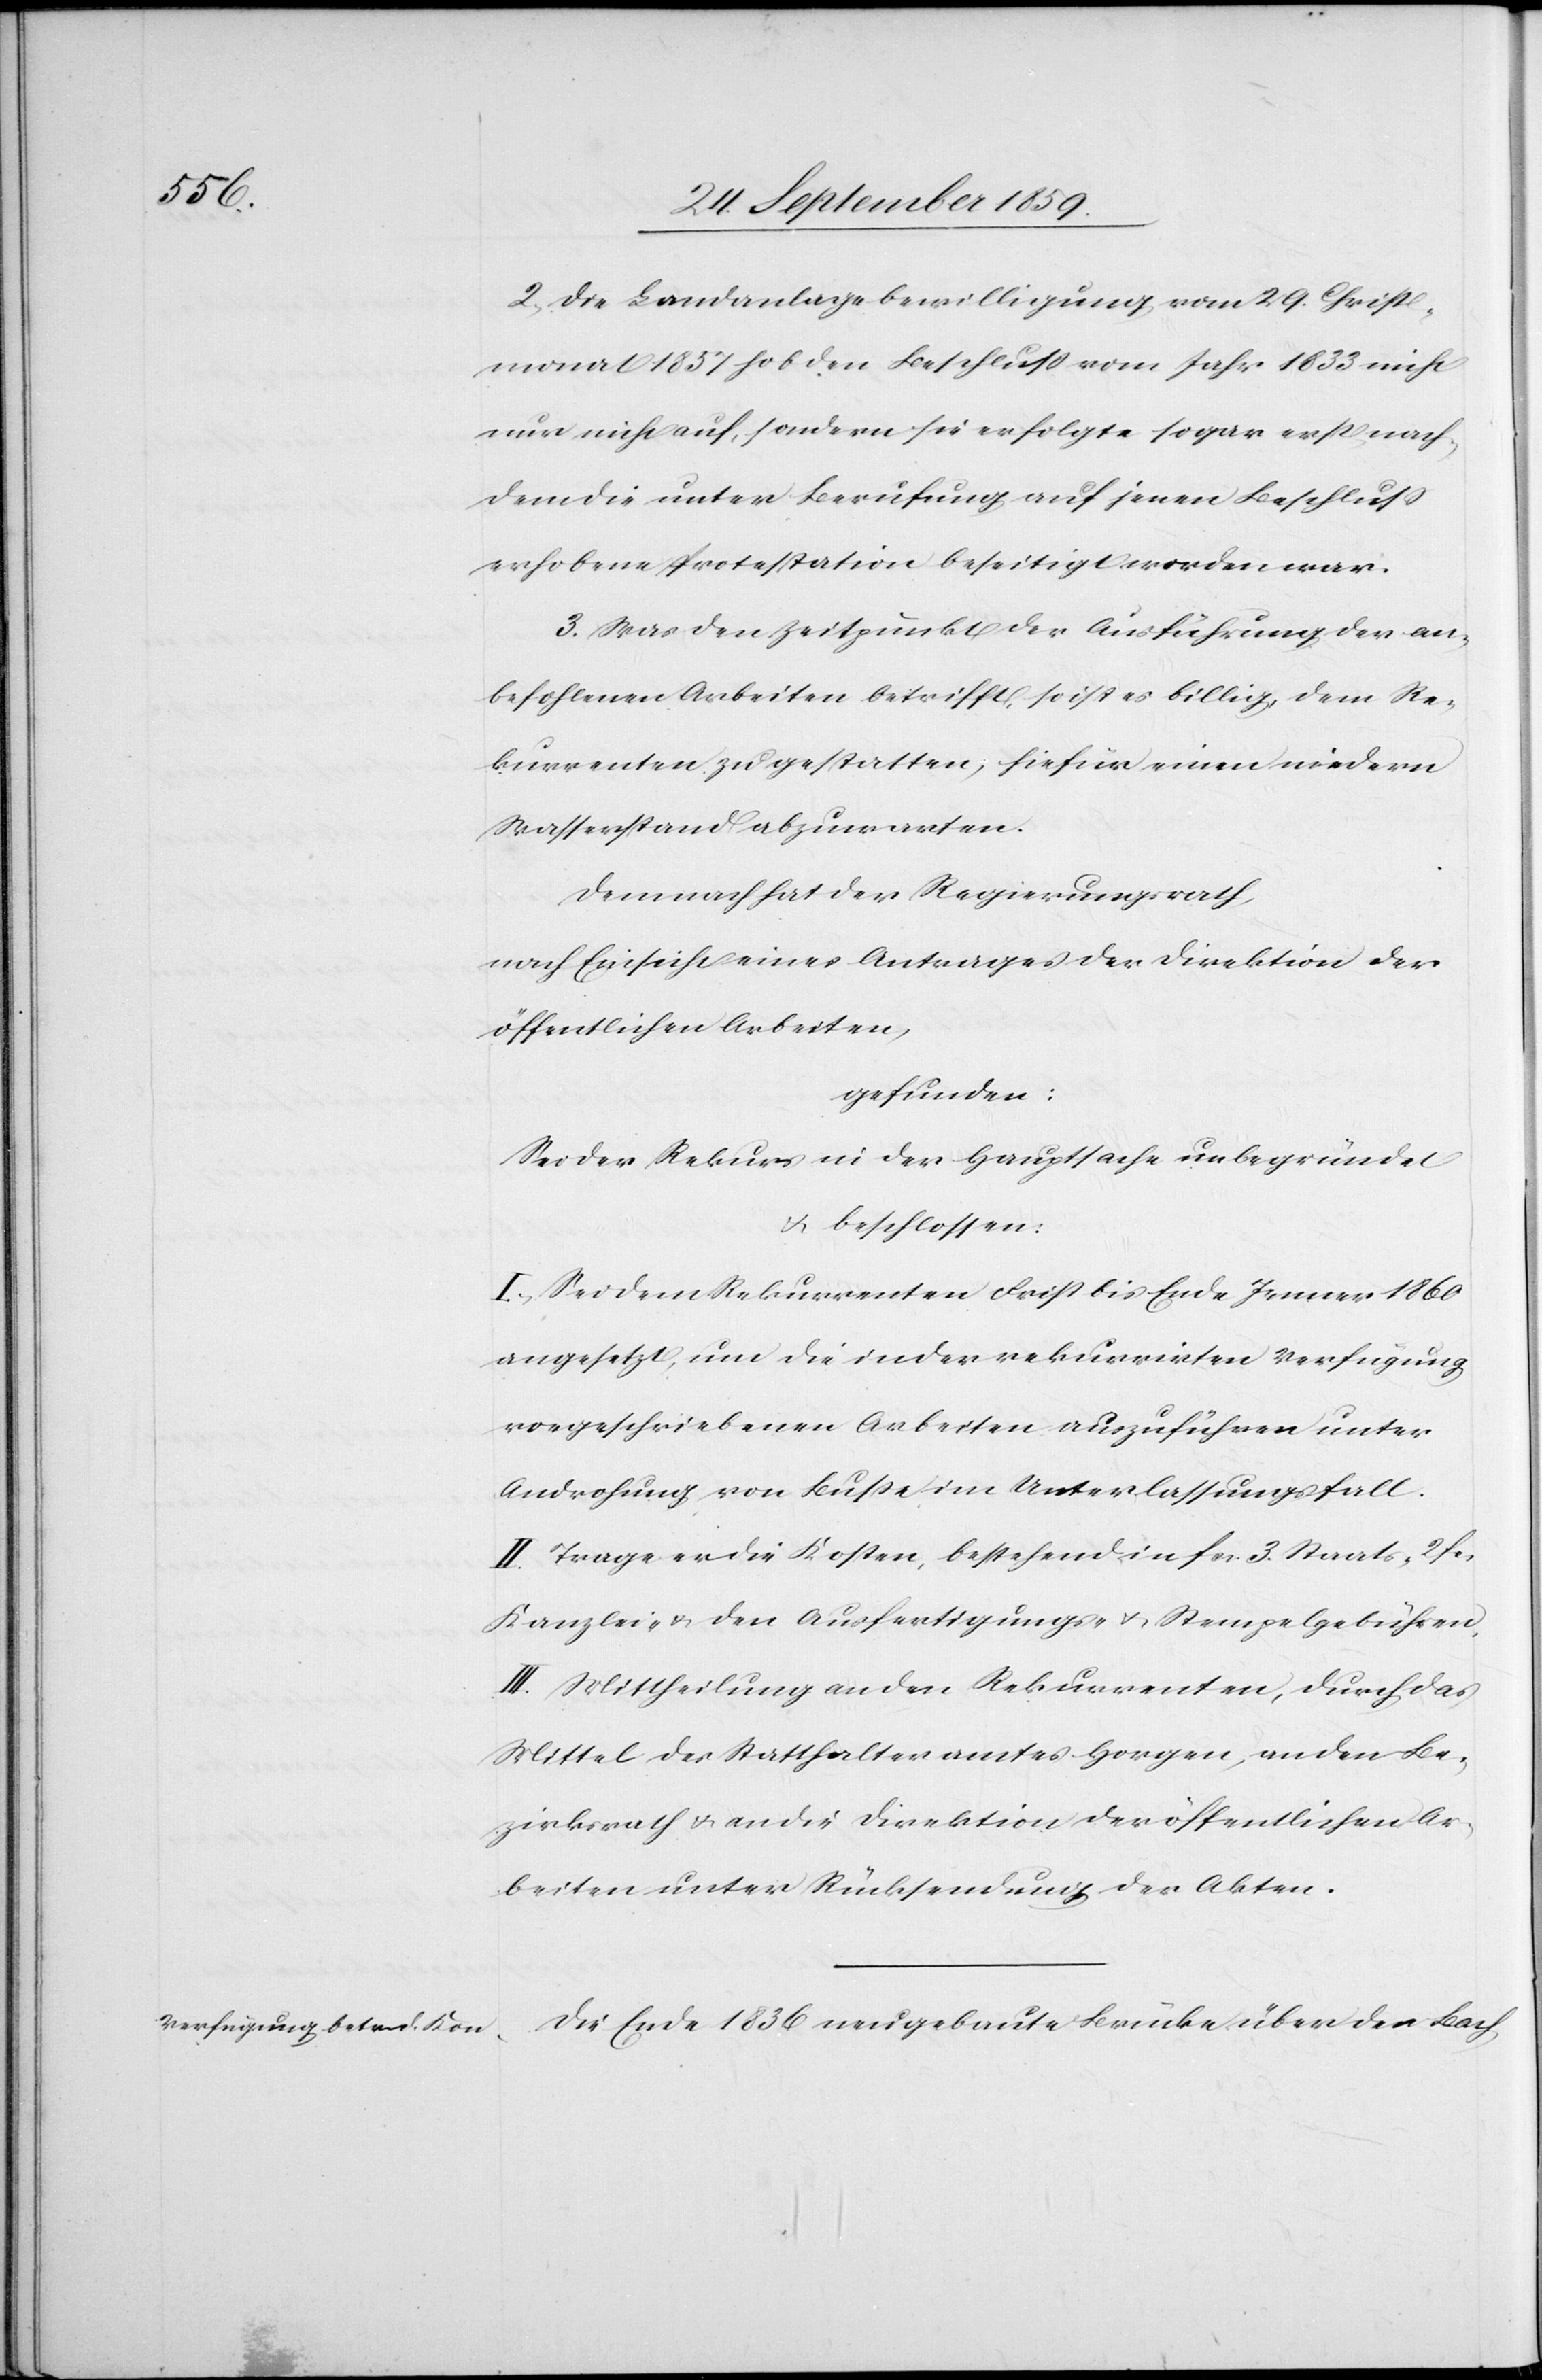
2. Die Landanlagebewilligung vom 29. Christ¬
monat 1857 hob den Beschluß vom Jahr 1833 nicht
nur nicht auf, sondern sie erfolgte sogar erst nach¬
dem die unter Berufung auf jenen Beschluß
erhobene Protestation beseitigt worden war.
3. Was den Zeitpunkt der Ausführung der an¬
befohlenen Arbeiten betrifft, so ist es billig, dem Re¬
kurrenten zu gestatten, hiefür einen niedern
Wasserstand abzuwarten.
Demnach hat der Regierungsrath,
nach Einsicht eines Antrages der Direktion der
öffentlichen Arbeiten,
gefunden:
Sei der Rekurs in der Hauptsache unbegründet
& beschlossen:
I. Sei dem Rekurrenten Frist bis Ende Januar 1860
angesetzt, um die in der rekurrirten Verfügung
vorgeschriebenen Arbeiten auszuführen unter
Androhung von Buße im Unterlassungsfall.
II. Trage er die Kosten, bestehend in fcs. 3. Staats- 2. fcs
Kanzlei- & den Ausfertigungs- & Stempelgebühren.
III. Mittheilung an den Rekurrenten, durch das
Mittel des Statthalteramtes Horgen, an den Be¬
zirksrath & an die Direktion der öffentlichen Ar¬
beiten unter Rüksendung der Akten.
Eie Ende 1836 neugebaute Brücke über den Bach